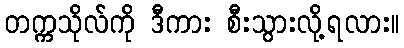
တက္ကသိုလ်ကို ဒီကား စီးသွားလို့ရလား။